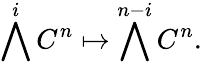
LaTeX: \bigwedge^{i}C^{n}\mapsto\bigwedge^{n-i}C^{n}.